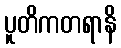
ပူတိကတရာနိ